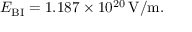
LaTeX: E _ { \mathrm { { B I } } } = 1 . 1 8 7 \times 1 0 ^ { 2 0 } \, \mathrm { V } / \mathrm { m } .